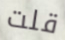
قلت